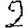
Digit: 2